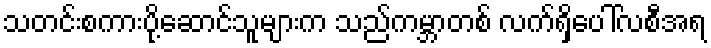
သတင်းစကားပို့ဆောင်သူများက သည်ကမ္ဘာတစ် လက်ရှိပေါ်လစီအရ